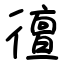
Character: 㣶